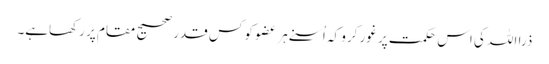
ذرا اللہ کی اس حکمت پر غور کرو کہ اُسنے ہر عضو کو کس قدر صحیح مقام پر رکھاہے۔